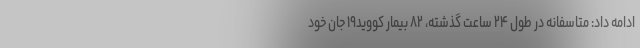
ادامه داد: متاسفانه در طول ۲۴ ساعت گذشته، ۸۲ بیمار کووید۱۹ جان خود